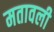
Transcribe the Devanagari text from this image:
मतावली